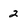
Character: 2